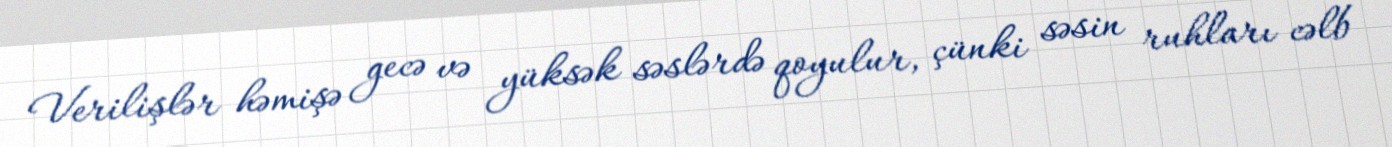
Verilişlər həmişə gecə və yüksək səslərdə qoyulur, çünki səsin ruhları cəlb